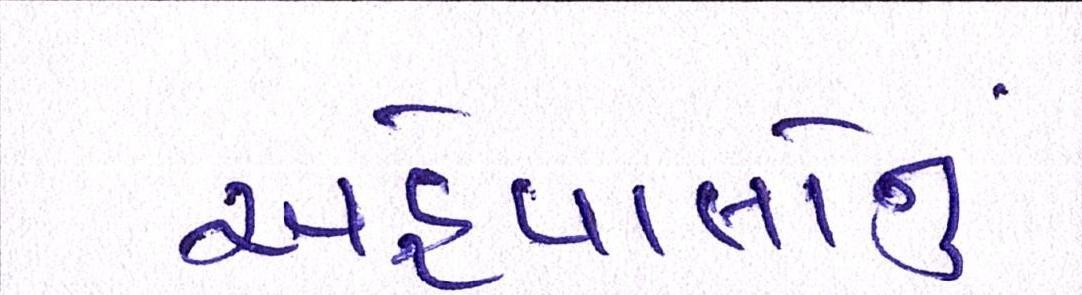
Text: અહેવાલોનું